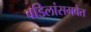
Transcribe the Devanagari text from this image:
वडिलांसमवेत